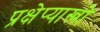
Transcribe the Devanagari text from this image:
प्रक्षेप्यास्त्रों